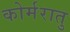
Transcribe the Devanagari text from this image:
कोर्मरातु